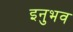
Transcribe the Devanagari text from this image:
इनुभव